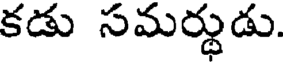
కడు సమర్థుడు.